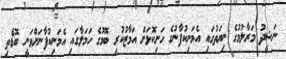
ނަޝީދު މަރާލުމުގެ ނިޔަތުގައި އެމަނިކުފާނުގެ ހަށިކޮޅަށް އަމާޒުކުރި ބޮމުގެ ހަމަލާގައި އެމަނިކުފާނަށްވަނީ ބޮޑެތި